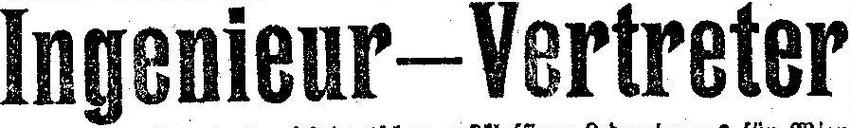
Ingenieur—Vertreter